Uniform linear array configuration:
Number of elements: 16
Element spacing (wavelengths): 0.5
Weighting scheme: hann
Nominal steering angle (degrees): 0
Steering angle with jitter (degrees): -1.926
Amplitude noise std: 0.05
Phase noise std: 0.05

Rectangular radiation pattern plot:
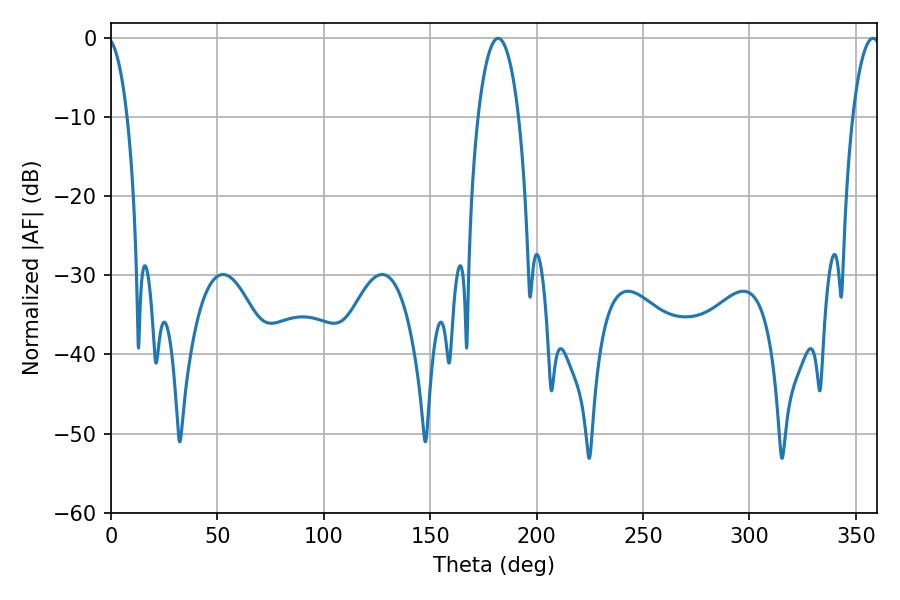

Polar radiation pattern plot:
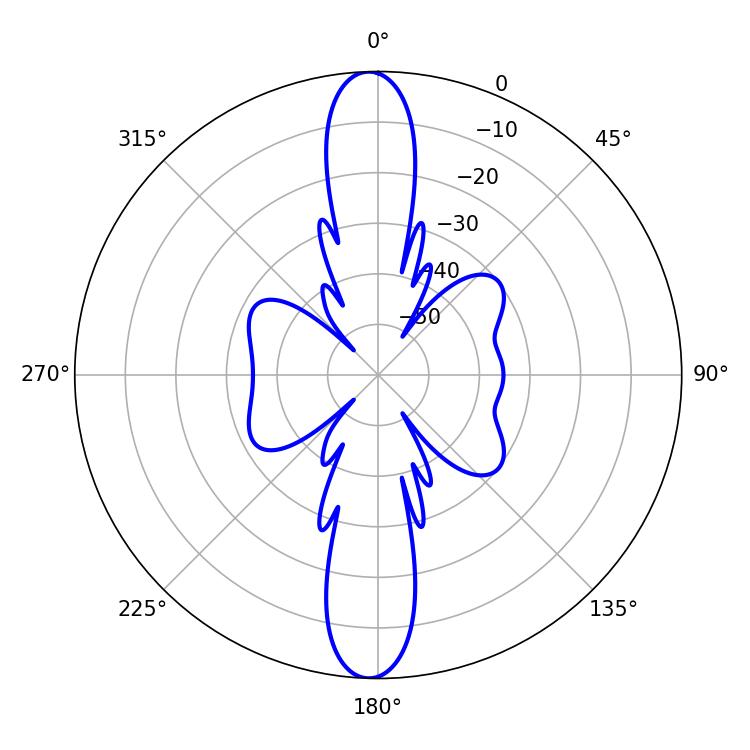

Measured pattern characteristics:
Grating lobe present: FALSE
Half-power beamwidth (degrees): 10.8
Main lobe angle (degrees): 181.98